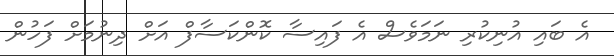
އެ ބައި އުނިކުރި ނަމަވެސް އެ ފައިސާ ކޮންކަސާފް އަށް ދިނުމަށް ފަހުން